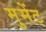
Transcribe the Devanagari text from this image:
मुमेंट